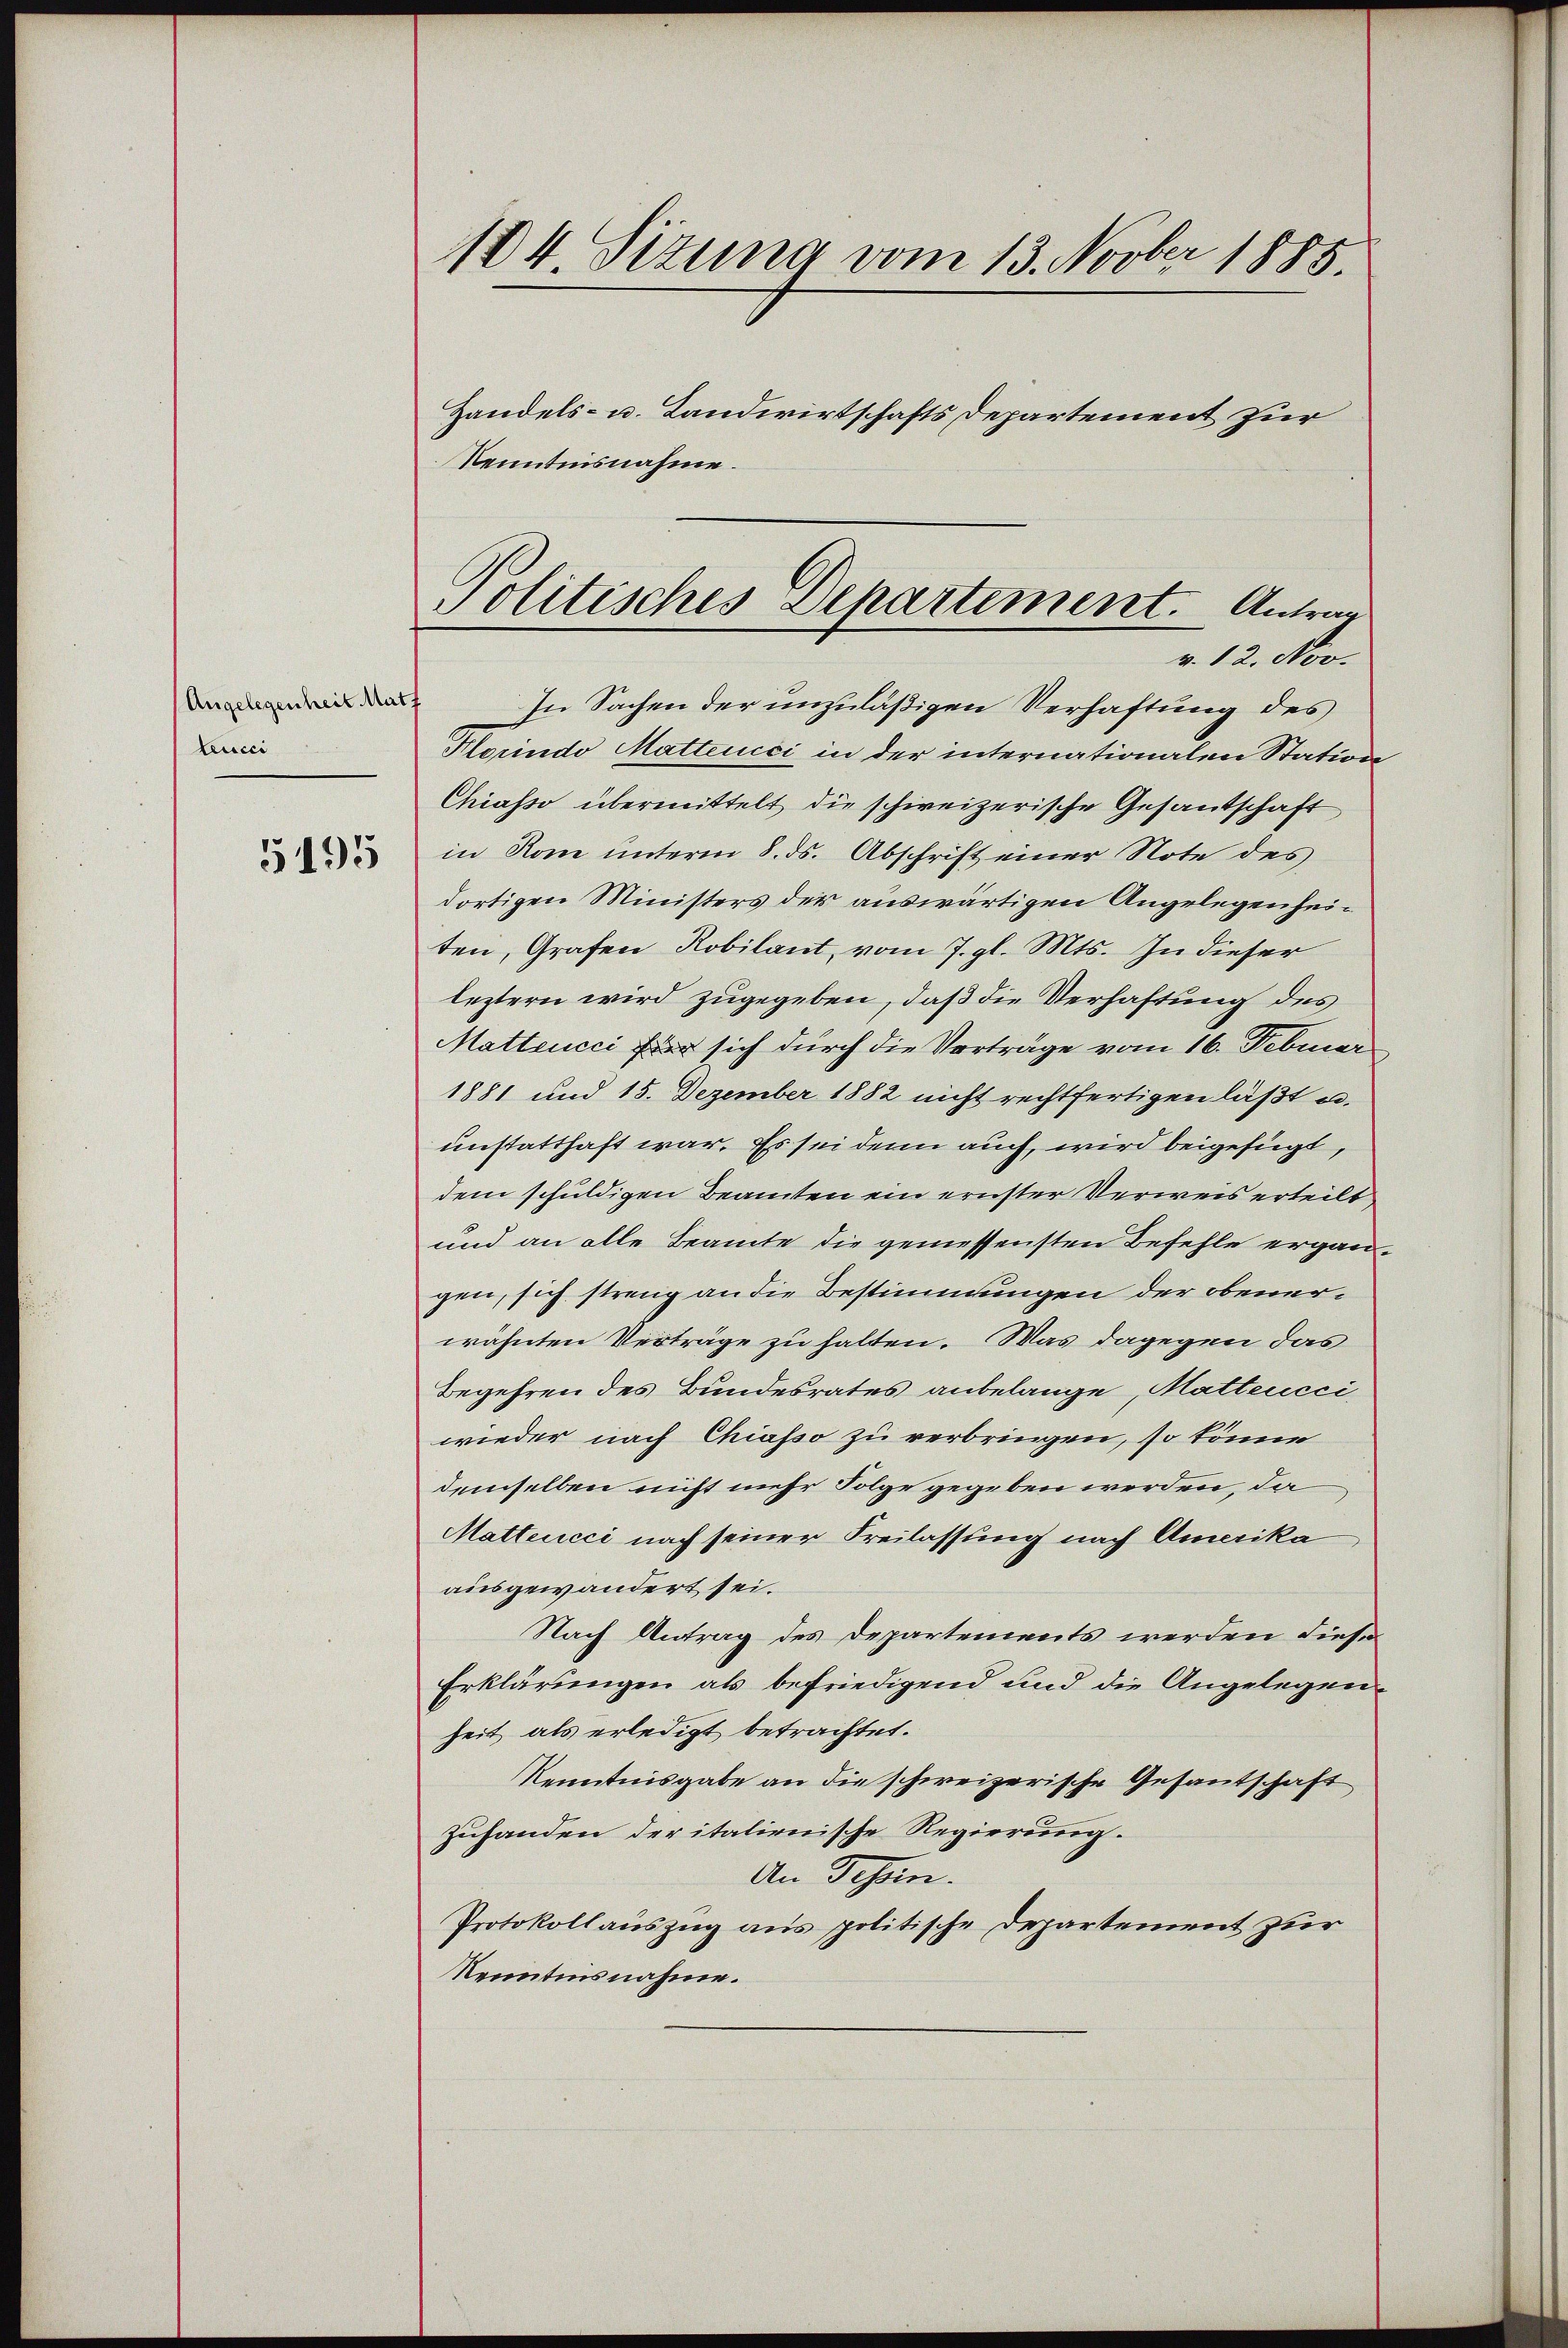
Angelegenheit Mat
teucci

5195

184. Sizung vom 13. Novber 1885.
Handels- u. Landwirtschafts Departement zur
Kenntnisnahme.

Politisches Departiment. Antrag
v. 12. Nov.

In Sachen der unzuläßigen Verhaftung des
Florindo Matteucci in der internationalen Station
Chiasso übermittelt die schweizerische Gesandschaft
in Rom unterm 8. ds. Abschrift einer Note des
dortigen Ministers der auswärtigen Angelegenheiten, Grafen Robilant, vom 7. gl. Mts. In dieser
leztern wird zugegeben, daß die Verhaftung des
Mattencci für sich durch die Vorträge vom 16. Februar
1881 und 15. Dezember 1882 nicht rechtfertigen läßt u.
unstatthaft war. Es sei denn auch, wird beigefügt,
dem schuldigen Beamten ein ernster Verweis erteilt
1
und an alle Beamte die gemessensten Befehle ergangen, sich streng an die Bestimmungen der obenerwähnten Verträge zu halten. Was dagegen das
Begehren des Bundesrates anbelange, Mattencci
wieder nach Chiasso zu verbringen, so könne
demselben nicht mehr Folge gegeben werden, da
Matteucci nach seiner Freilassung nach Amerika
ausgewandert sei.
Nach Antrag des Departements werden diese
Erklärungen als befriedigend und die Angelegenheit als erledigt betrachtet.
Kenntnisgabe an die schweizerische Gesantschaft
zuhanden der italienische Regierung.
An Tessin.
Protokollauszug aus politische Departement zur
Renntinsnahme.